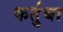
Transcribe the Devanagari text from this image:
कर्तुबा